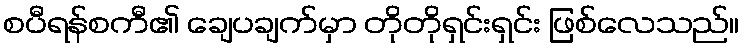
စပီရန်စကီ၏ ချေပချက်မှာ တိုတိုရှင်းရှင်း ဖြစ်လေသည်။